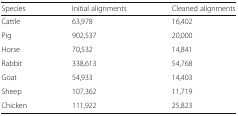
| Species | Initial alignments | Cleaned alignments |
 | --- | --- | --- |
 | Cattle | 63,978 | 16,402 |
 | Pig | 902,537 | 20,000 |
 | Horse | 70,532 | 14,841 |
 | Rabbit | 338,613 | 54,768 |
 | Goat | 54,933 | 14,403 |
 | Sheep | 107,362 | 11,719 |
 | Chicken | 111,922 | 25,823 |